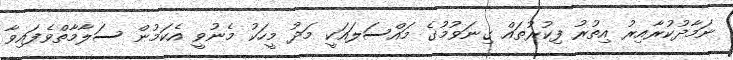
ނަމާދުކުރާއިރު އިތުރު ފިކުރުތައް ގިނަވުމުގެ މައްސަލައަކީ މަދު މީހަކު މެނުވީ އެކަމުން ސަލާމާތްވެފައިވާ